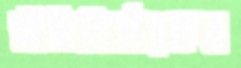
নীতিনির্ধারকও